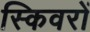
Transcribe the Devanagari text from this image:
स्किवरों